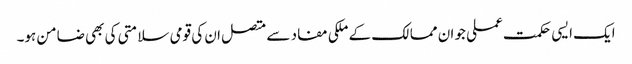
ایک ایسی حکمت عملی جو ان ممالک کے ملکی مفاد سے متصل ان کی قومی سلامتی کی بھی ضامن ہو۔